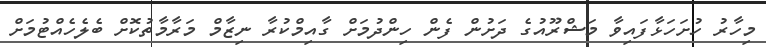
މިހާރު ހުށަހަޅާފައިވާ މަޝްރޫއުގެ ދަށުން ފެން ހިންދުމަށް ގާއިމްކުރާ ނިޒާމް މަރާމާތުކޮށް ބެލެހެއްޓުމަށް